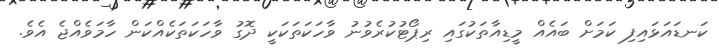
ކަނޑައަޅައިފި ކަމަށް ބައެއް މީޑިއާތަކުގައި ރިޕޯޓުކުރެވުނު ވާހަކަތަކަކީ ދޮގު ވާހަކަތަކެއްކަން ހާމަވެއްޖެ އެވެ.